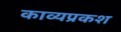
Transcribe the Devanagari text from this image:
काव्यप्रकश